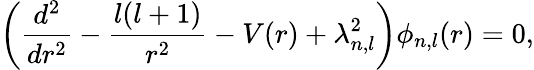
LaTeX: \left(\frac{d^{2}}{dr^{2}}-\frac{l(l+1)}{r^{2}}-V(r)+\lambda_{n,l}^{2}\right)\phi_{n,l}(r)=0,